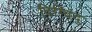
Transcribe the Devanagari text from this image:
दिग्विंदु